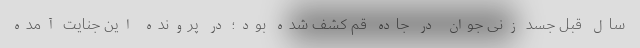
سال قبل جسد زنی جوان در جاده قم کشف شده بود؛ در پرونده این جنایت آمده